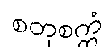
စတုစက္ကံ